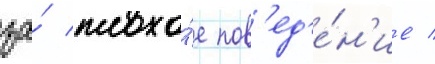
за́ плохо́е пов'ед'е́н'ие /